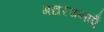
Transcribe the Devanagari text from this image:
गद्यरचनाएँ